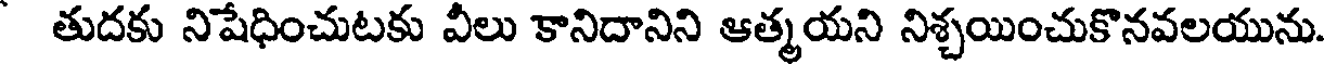
తుదకు నిషేధించుటకు వీలు కానిదానిని ఆత్మయని నిశ్చయించుకొనవలయును.